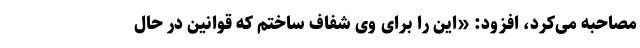
مصاحبه می‌کرد، افزود: «این را برای وی شفاف ساختم که قوانین در حال